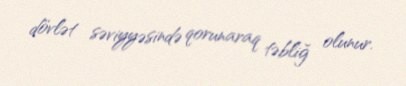
dövlət səviyyəsində qorunaraq təbliğ olunur.